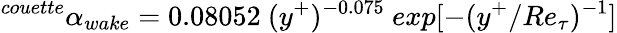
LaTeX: ^{couette}\alpha_{wake}=0.08052~(y^{+})^{-0.075}~exp[-(y^{+}/Re_{\tau})^{-1}]